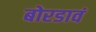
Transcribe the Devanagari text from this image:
बोरडावं